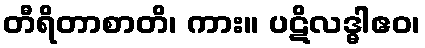
တီရိတာစာတိ၊ ကား။ ပဋိလဒ္ဓါဧဝ၊